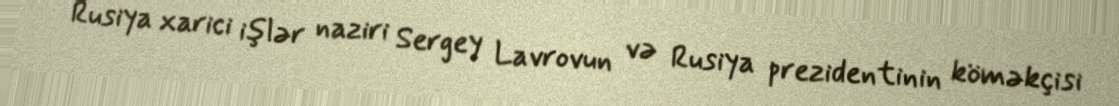
Rusiya xarici işlər naziri Sergey Lavrovun və Rusiya prezidentinin köməkçisi